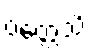
ဝတ္တေသိ